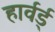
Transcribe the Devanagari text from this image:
हार्वर्ड्